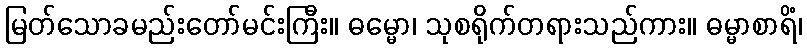
မြတ်သောခမည်းတော်မင်းကြီး။ ဓမ္မော၊ သုစရိုက်တရားသည်ကား။ ဓမ္မာစာရိံ၊